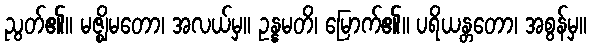
ညွတ်၏။ မဇ္ဈိမတော၊ အလယ်မှ။ ဥန္နမတိ၊ မြောက်၏။ ပရိယန္တတော၊ အစွန်မှ။